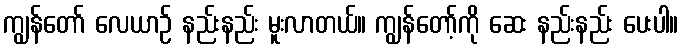
ကျွန်တော် လေယာဉ် နည်းနည်း မူးလာတယ်။ ကျွန်တော့်ကို ဆေး နည်းနည်း ပေးပါ။